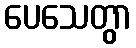
ပေသေတွာ